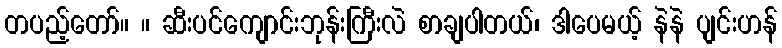
တပည့်တော်။ ။ ဆီးပင်ကျောင်းဘုန်းကြီးလဲ စာချပါတယ်၊ ဒါပေမယ့် နဲနဲ ပျင်းဟန်